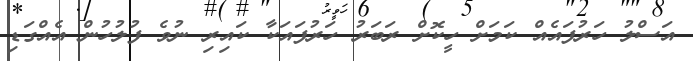
އަސްލު ހަރުފައެއް ކަމަށް ހީކޮށް ރަބަރު ހަރުފައަކާ ކައިރި ނުވެ ފުލުހުން އެއްގަޑި